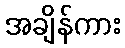
အချိန်ကား